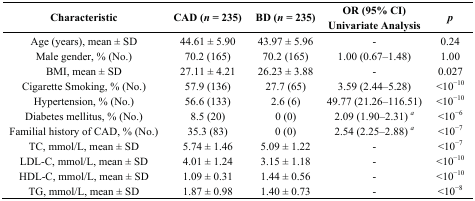
| Characteristic | CAD (n = 235) | BD (n = 235) | OR (95% CI) Univariate Analysis | p |
 | --- | --- | --- | --- | --- |
 | Age (years), mean ± SD | 44.61 ± 5.90 | 43.97 ± 5.96 | - | 0.24 |
 | Male gender, % (No.) | 70.2 (165) | 70.2 (165) | 1.00 (0.67–1.48) | 1.00 |
 | BMI, mean ± SD | 27.11 ± 4.21 | 26.23 ± 3.88 | - | 0.027 |
 | Cigarette Smoking, % (No.) | 57.9 (136) | 27.7 (65) | 3.59 (2.44–5.28) | <10−10 |
 | Hypertension, % (No.) | 56.6 (133) | 2.6 (6) | 49.77 (21.26–116.51) | <10−10 |
 | Diabetes mellitus, % (No.) | 8.5 (20) | 0 (0) | 2.09 (1.90–2.31) a | <10−6 |
 | Familial history of CAD, % (No.) | 35.3 (83) | 0 (0) | 2.54 (2.25–2.88) a | <10−7 |
 | TC, mmol/L, mean ± SD | 5.74 ± 1.46 | 5.09 ± 1.22 | - | <10−7 |
 | LDL-C, mmol/L, mean ± SD | 4.01 ± 1.24 | 3.15 ± 1.18 | - | <10−10 |
 | HDL-C, mmol/L, mean ± SD | 1.09 ± 0.31 | 1.44 ± 0.56 | - | <10−10 |
 | TG, mmol/L, mean ± SD | 1.87 ± 0.98 | 1.40 ± 0.73 | - | <10−8 |